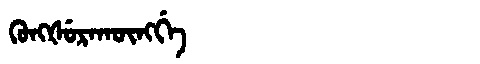
Manchu: ᡴᡠᠩᡧᡠᡵᠠᡴᡡᠩᡤᡝ
Romanization: KUNGŠURAKŪNGGE